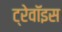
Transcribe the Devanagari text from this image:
ट्रेवॉइस